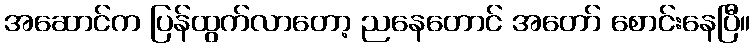
အဆောင်က ပြန်ထွက်လာတော့ ညနေတောင် အတော် စောင်းနေပြီ။